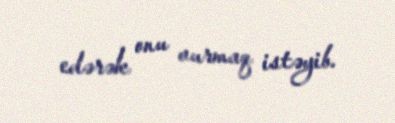
edərək onu vurmaq istəyib.